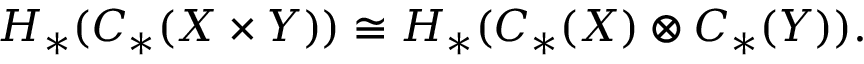
H _ { * } ( C _ { * } ( X \times Y ) ) \cong H _ { * } ( C _ { * } ( X ) \otimes C _ { * } ( Y ) ) .